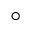
^ { \circ }